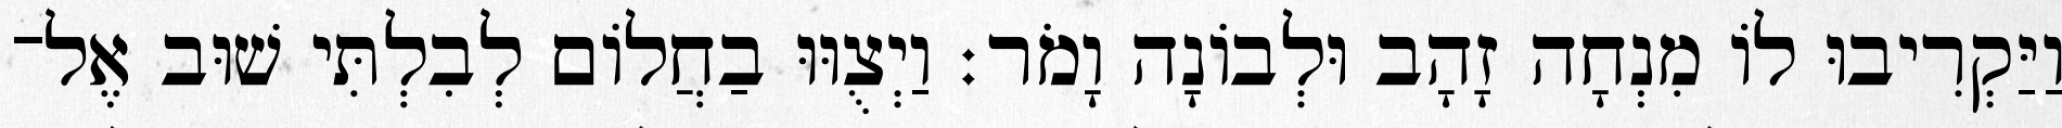
וַיַּקְרִיבוּ לוֹ מִנְחָה זָהָב וּלְבוֹנָה וָמֹר׃ וַיְצֻוּוּ בַחֲלוֹם לְבִלְתִּי שׁוּב אֶל־